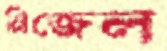
নিজেল